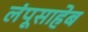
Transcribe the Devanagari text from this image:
लंपूसाहेब